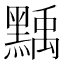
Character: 𪑴